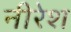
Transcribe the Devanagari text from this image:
नीरेश